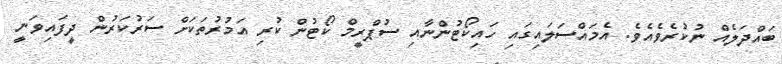
ބައްދަލެއް ނުކުރެވެއެވެ. އެމައްސަލައިގައި ހައިކޯޓުންނާއި ސުޕްރީމް ކޯޓުން ކުރި އަމުރުތަކަށް ސަރުކަރުން ދީފައިވަނީ